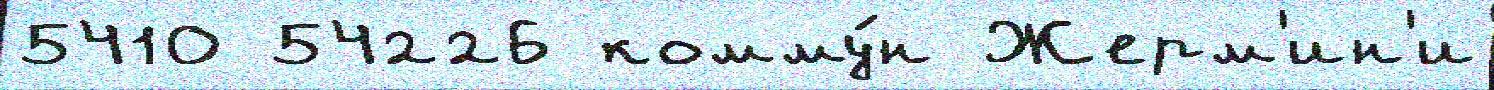
5410 54226 комму́н Жерм'ин'и